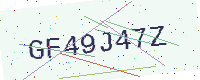
Text: GF49J47Z